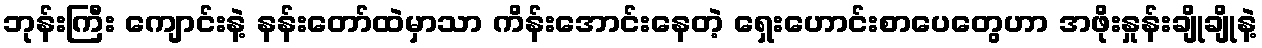
ဘုန်းကြီး ကျောင်းနဲ့ နန်းတော်ထဲမှာသာ ကိန်းအောင်းနေတဲ့ ရှေးဟောင်းစာပေတွေဟာ အဖိုးနှုန်းချိုချိုနဲ့